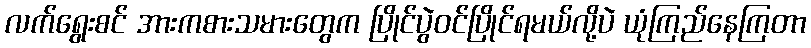
လက်ရွေးစင် အားကစားသမားတွေက ပြိုင်ပွဲဝင်ပြိုင်ရမယ်လို့ပဲ ယုံကြည်နေကြတာ